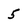
Character: 5